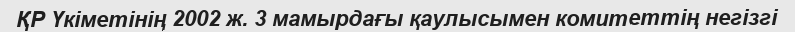
ҚР Үкіметінің 2002 ж. 3 мамырдағы қаулысымен комитеттің негізгі